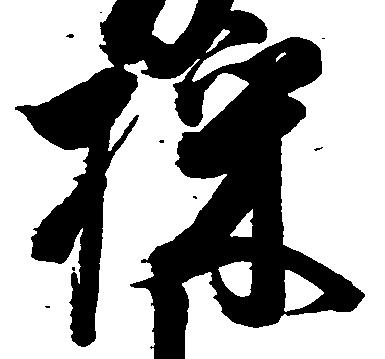
採